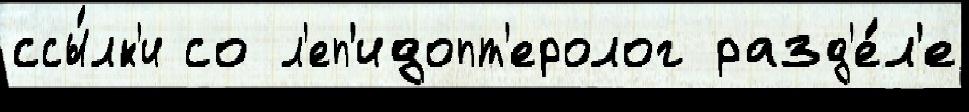
ссы́лк'и со л'еп'идопт'еролог разд'е́л'е